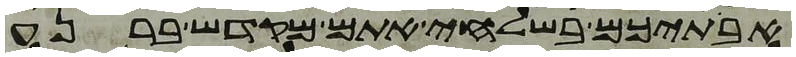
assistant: אבתיכם בשלחי אתם מקדש ברנע